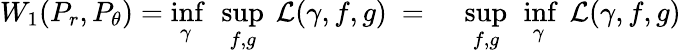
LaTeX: \begin{array}{rl}{W_{1}(P_{r},P_{\theta})=\underset{\gamma}{\operatorname*{inf}}\ \underset{f,g}{\operatorname*{sup}}\ \mathcal{L}(\gamma,f,g)\ ={}}&{{}\underset{f,g}{\operatorname*{sup}}\ \underset{\gamma}{\operatorname*{inf}}\ \mathcal{L}(\gamma,f,g)}\end{array}